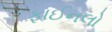
ફાઈનલો